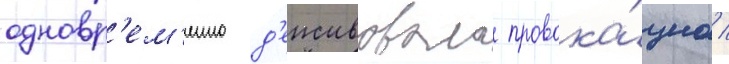
одновр'ем'енно д'еиствовала провока́циа /